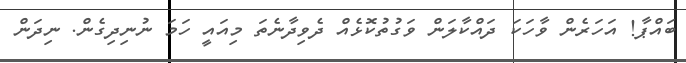
ބައްޕާ! އަހަރެން ވާހަކަ ދައްކާލަން ވަގުތުކޮޅެއް ދެވިދާނެތަ މިއައީ ހަމަ ނުނިދިގެން. ނިދަން